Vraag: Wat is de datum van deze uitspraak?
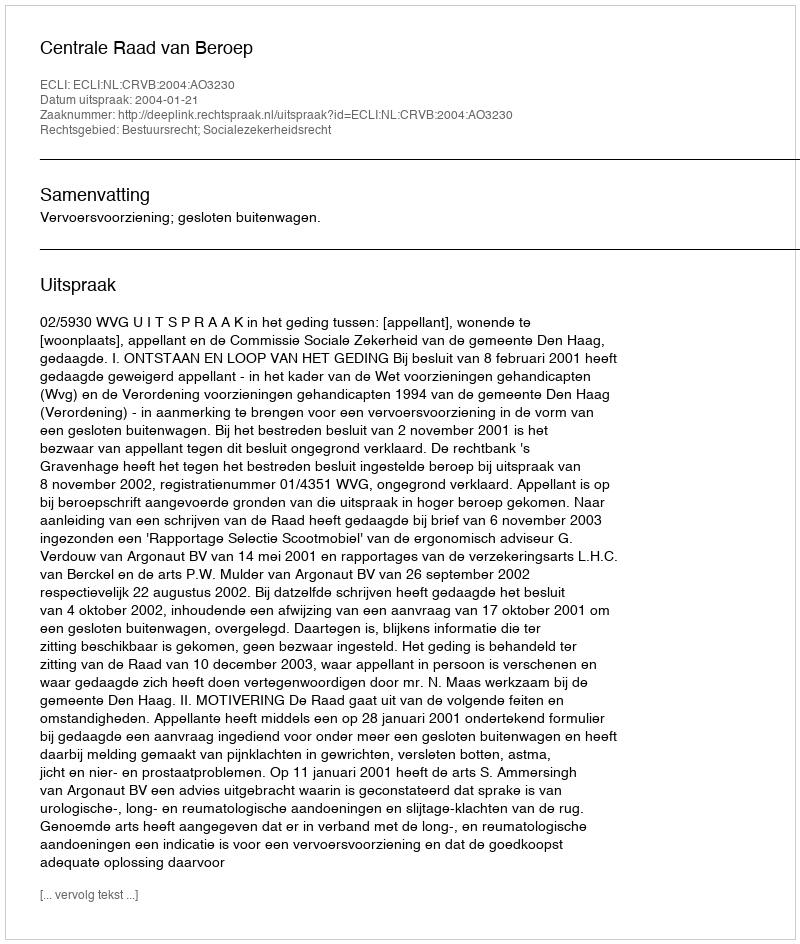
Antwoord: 2004-01-21